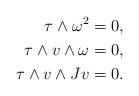
LaTeX: \begin{align*} \tau \wedge \omega^2 &= 0,\\ \tau \wedge v \wedge \omega & = 0,\\ \tau \wedge v \wedge J v & = 0. \end{align*}